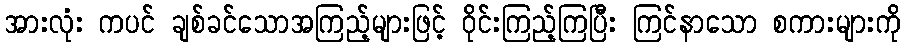
အားလုံး ကပင် ချစ်ခင်သောအကြည့်များဖြင့် ဝိုင်းကြည့်ကြပြီး ကြင်နာသော စကားများကို